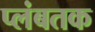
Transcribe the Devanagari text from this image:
प्लंबतक